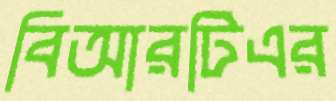
বিআরটিএর